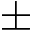
\pm